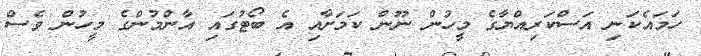
ހަމައެކަނި އަސްކަރިއްޔާގެ މީހުން ނޫން ކަމަށާއި އެ ބޯޓުގައި އާންމުންގެ މީހުން ވެސް